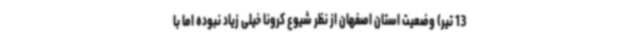
13 تیر) وضعیت استان اصفهان از نظر شیوع کرونا خیلی زیاد نبوده اما با